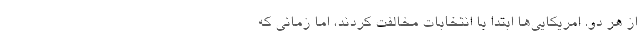
از هر دو. امريكايي‌ها ابتدا با انتخابات مخالفت كردند، اما زماني كه